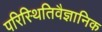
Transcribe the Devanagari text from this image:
परिस्थितिवैज्ञानिक